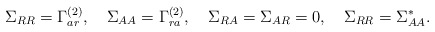
\begin{align*} \Sigma_{RR} = \Gamma^{(2)}_{ar},\quad \Sigma_{AA} = \Gamma^{(2)}_{ra},\quad \Sigma_{RA} = \Sigma_{AR} = 0,\quad \Sigma_{RR} = \Sigma^*_{AA} .\end{align*}